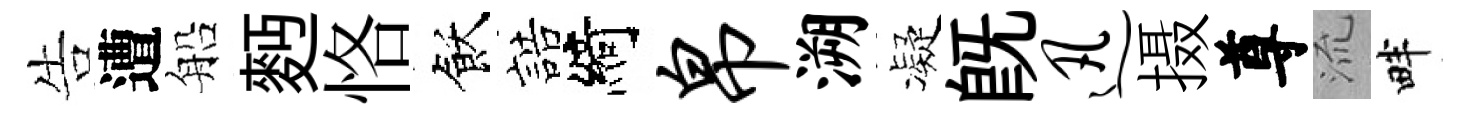
告遭船麪恪飫誥綺帛溯凝旣迅摄尊𣴑畔